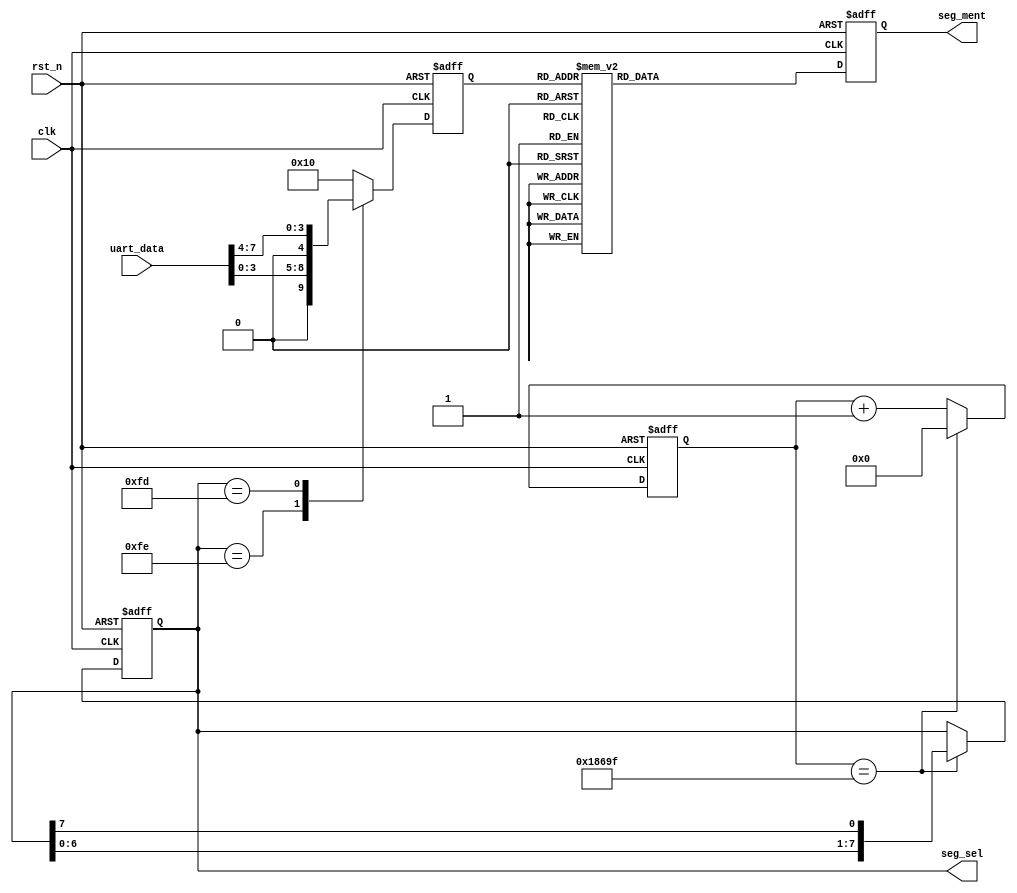
module smg(
    input clk,
    input rst_n,
	input wire [7:0] uart_data,// 8bit
    output reg [7:0] seg_sel,//8
    output reg [6:0] seg_ment//7
);
//
parameter T2MS=100_000;//2ms 
//
reg[20:0]       t2ms;//2ms 10_000
wire            add_t2ms;
wire            end_t2ms;
reg[4:0]        sel_data;// 16
//2ms 
always @(posedge clk or negedge rst_n)begin
    if(!rst_n)begin
        t2ms <= 0;
    end
    else if(add_t2ms)begin
        if(end_t2ms)
            t2ms <= 0;
        else
            t2ms <= t2ms + 1;
    end
end
assign add_t2ms =1 ;
assign end_t2ms = add_t2ms && t2ms==1*T2MS-1 ;
// 2ms
always  @(posedge clk or negedge rst_n)begin
    if(rst_n==1'b0)begin
        seg_sel<=8'b11_1111_10;//smg[0]
    end
    else if(end_t2ms) begin
        seg_sel<={seg_sel[6:0],seg_sel[7]};//
    end
    else begin
        seg_sel<=seg_sel;
    end
end
//
always  @(posedge clk or negedge rst_n)begin
    if(rst_n==1'b0)begin
        sel_data<=0;
    end
    else begin
        case(seg_sel)
            8'b11_1111_10:sel_data<=uart_data[3:0];//
            8'b11_1111_01:sel_data<=uart_data[7:4];//
            default:sel_data<=16;//
        endcase
    end
end
//
always  @(posedge clk or negedge rst_n)begin//
    if(rst_n==1'b0)begin
         seg_ment<=7'h7f;//
    end
    else begin
         case(sel_data)
            0:seg_ment<=7'h01;//0
            1:seg_ment<=7'h4f;//1
            2:seg_ment<=7'h12;//2
            3:seg_ment<=7'h06;//3
            4:seg_ment<=7'h4c;//4
            5:seg_ment<=7'h24;//5
            6:seg_ment<=7'h20;//6
            7:seg_ment<=7'h0f;//7
            8:seg_ment<=7'h00;//8
            9:seg_ment<=7'h04;//9
				10:seg_ment<=7'h08;//A
				11:seg_ment<=7'h60;//B
				12:seg_ment<=7'h31;//C
				13:seg_ment<=7'h42;//D
				14:seg_ment<=7'h30;//E
				15:seg_ment<=7'h38;//F
            16:seg_ment<=7'h7f;//
            default:seg_ment<=7'h7f;//
         endcase
    end  
end 
endmodule